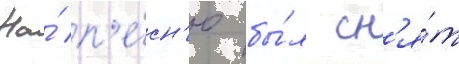
На́ п'е́сн'ю бы́л сн'я́т